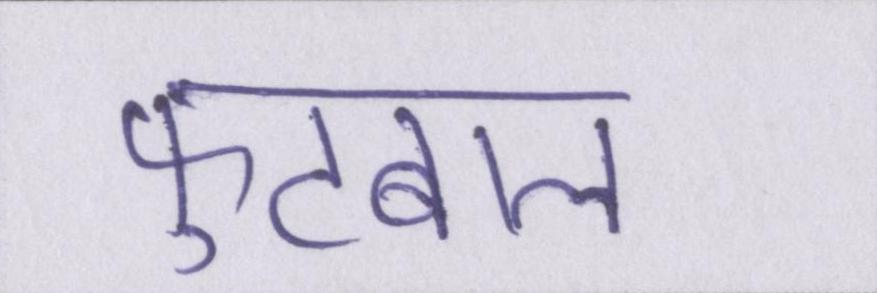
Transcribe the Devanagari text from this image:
फुटबाल